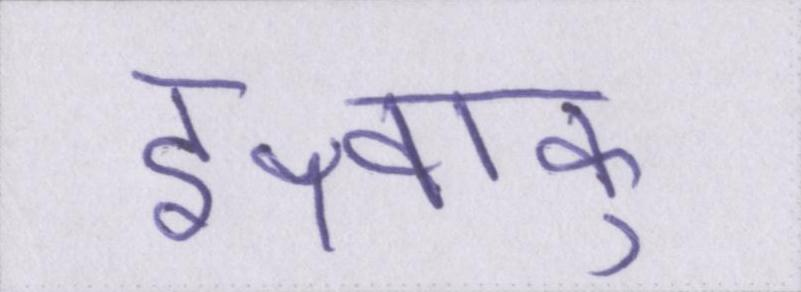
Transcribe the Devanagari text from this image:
इक्ष्वाकु